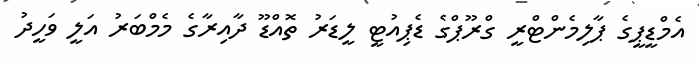
އެމްޑީޕީގެ ޕާލިމެންޓްރީ ގްރޫޕްގެ ޑެޕިއުޓީ ލީޑަރު ތޮއްޑޫ ދާއިރާގެ މެމްބަރު އަލީ ވަހީދު